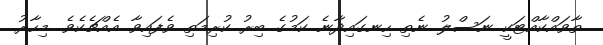
ތާވައްކާއްޓަކީ ނަސްލު ނެތި ހިނގައިދާނެ ކަމުގެ ބިރު ކުރިމަތި ވެފައިވާ އެއްޗެކެވެ. މިހާރު